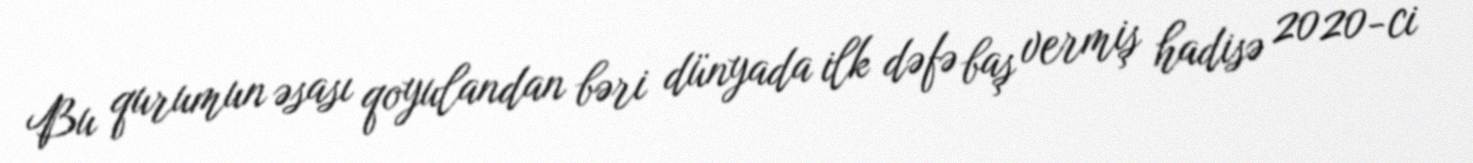
Bu qurumun əsası qoyulandan bəri dünyada ilk dəfə baş vermiş hadisə 2020-ci